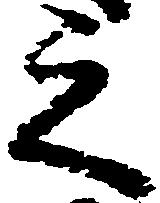
之